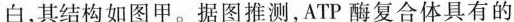
白，其结构如图甲。据图推测，ATP酶复合体具有的